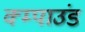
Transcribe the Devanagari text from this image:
क्म्पाउंड